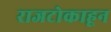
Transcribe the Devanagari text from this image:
राजटोकाहून